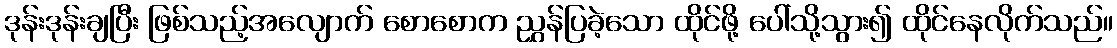
ဒုန်းဒုန်းချပြီး ဖြစ်သည့်အလျောက် စောစောက ညွှန်ပြခဲ့သော ထိုင်ဖို့ ပေါ်သို့သွား၍ ထိုင်နေလိုက်သည်။